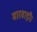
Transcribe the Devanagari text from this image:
मारवाड़ी।